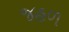
જહળ